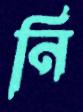
নি